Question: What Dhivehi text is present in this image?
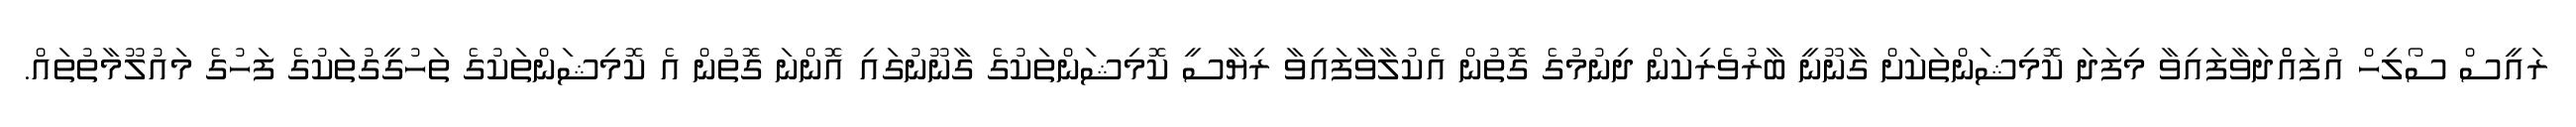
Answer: ރައީސް ސޯލިހް އުފައްްދަވާފައިވާ މިފަދަ ކޮމިޝަންތަކަށް ގާނޫނީ ބާރުވެރިކަން ދިނުމުގެ ގޮތުން އެކުލާވާފައިވާ ރިޔާސީ ކޮމިޝަންތަކުގެ ގާނޫނުގައި އޮންނަ ގޮތުން އެ ކޮމިޝަންތަކުގެ ތަހުގީގުތަކުގެ ފަހުގެ މައުލޫމާތުތައް.